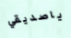
ياصديقي